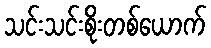
သင်းသင်းစိုးတစ်ယောက်